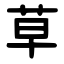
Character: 草